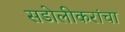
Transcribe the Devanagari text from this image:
सडोलीकरांचा